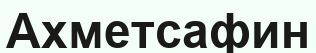
Ахметсафин